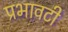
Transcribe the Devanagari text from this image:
प्रभावटी